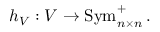
h _ { V } : V \to \operatorname { S y m } _ { n \times n } ^ { + } .